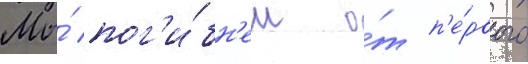
Мы́ пог'и́бн'ем о́т п'е́рвого